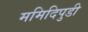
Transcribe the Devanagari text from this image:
ममिदिपुडी